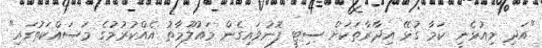
"އަދި މިއުޅެނީ ކަމާ ގުޅޭ އިދާރާތަކަށް ސިޓީ ފޮނުވައިގެން މައުލޫމާތު އެއްކުރުމުގެ މަސައްކަތުގައި"